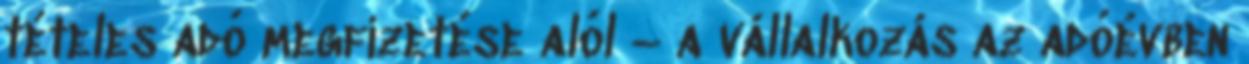
tételes adó megfizetése alól – a vállalkozás az adóévben